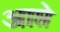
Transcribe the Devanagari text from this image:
आप्ते